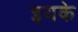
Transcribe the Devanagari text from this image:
इयके